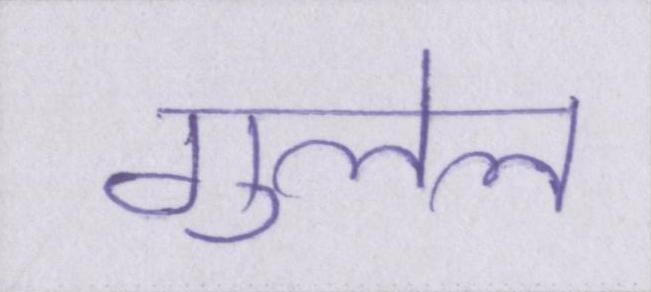
गुलेल